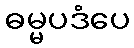
ဓမ္မပဒံပေ